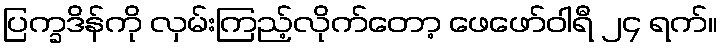
ပြက္ခဒိန်ကို လှမ်းကြည့်လိုက်တော့ ဖေဖော်ဝါရီ ၂၄ ရက်။